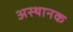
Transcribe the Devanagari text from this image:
अस्थानक